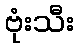
ဗုံးသီး